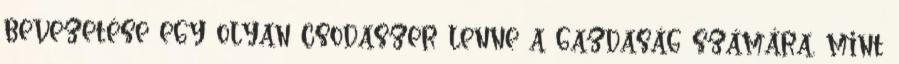
bevezetése egy olyan csodaszer lenne a gazdaság számára, mint